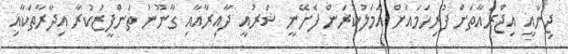
ޖިނާއީ އިޖްރައާތަށް ފުރިހަަމައަށް އަމަލުކުރަން ފެށޭނީ ޝަރުއީ ދާއިރާއާއި ގާނޫނު ތަންފީޒުކުރާ އިދާރާތަކާއި